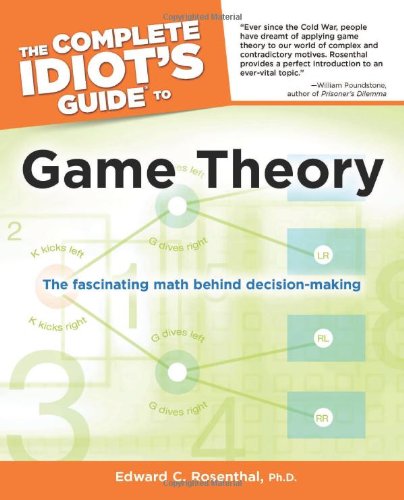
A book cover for The Complete Idiot's Guide to Game Theory (Idiot's Guides); Ph.D., Edward C. Rosenthal; Science & Math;